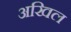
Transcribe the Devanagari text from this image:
अखिल